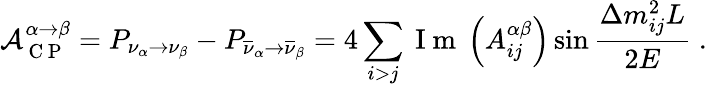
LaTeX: \mathcal{A}_{\mathrm{~C~P~}}^{\alpha\rightarrow\beta}=P_{\nu_{\alpha}\rightarrow\nu_{\beta}}-P_{\overline{{\nu}}_{\alpha}\rightarrow\overline{{\nu}}_{\beta}}=4\sum_{i>j}\mathrm{~I~m~}\left(A_{ij}^{\alpha\beta}\right)\sin\frac{\Delta m_{ij}^{2}L}{2E}\; .